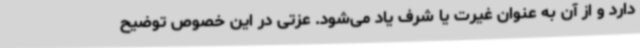
دارد و از آن به عنوان غیرت یا شرف یاد می‌شود. عزتی در این خصوص توضیح